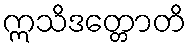
ဣသိဒတ္တောတိ